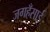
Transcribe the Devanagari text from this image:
जगहँसाई